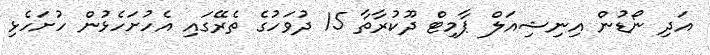
އަދި ނޯޑުން އިނިޝިއަލް ޕާމިޓް ދޫކުރާތާ 15 ދުވަހުގެ ތެރޭގައި އެހުށަހެޅުން ހުށަހެޅި